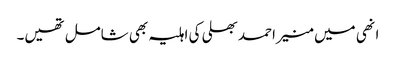
انھی میں منیر احمد بھلی کی اہلیہ بھی شامل تھیں۔